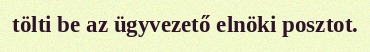
tölti be az ügyvezető elnöki posztot.